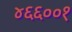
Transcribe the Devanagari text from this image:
४६६००१